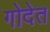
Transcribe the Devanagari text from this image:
गोदेत